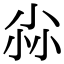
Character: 尛